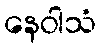
နေဝါသံ